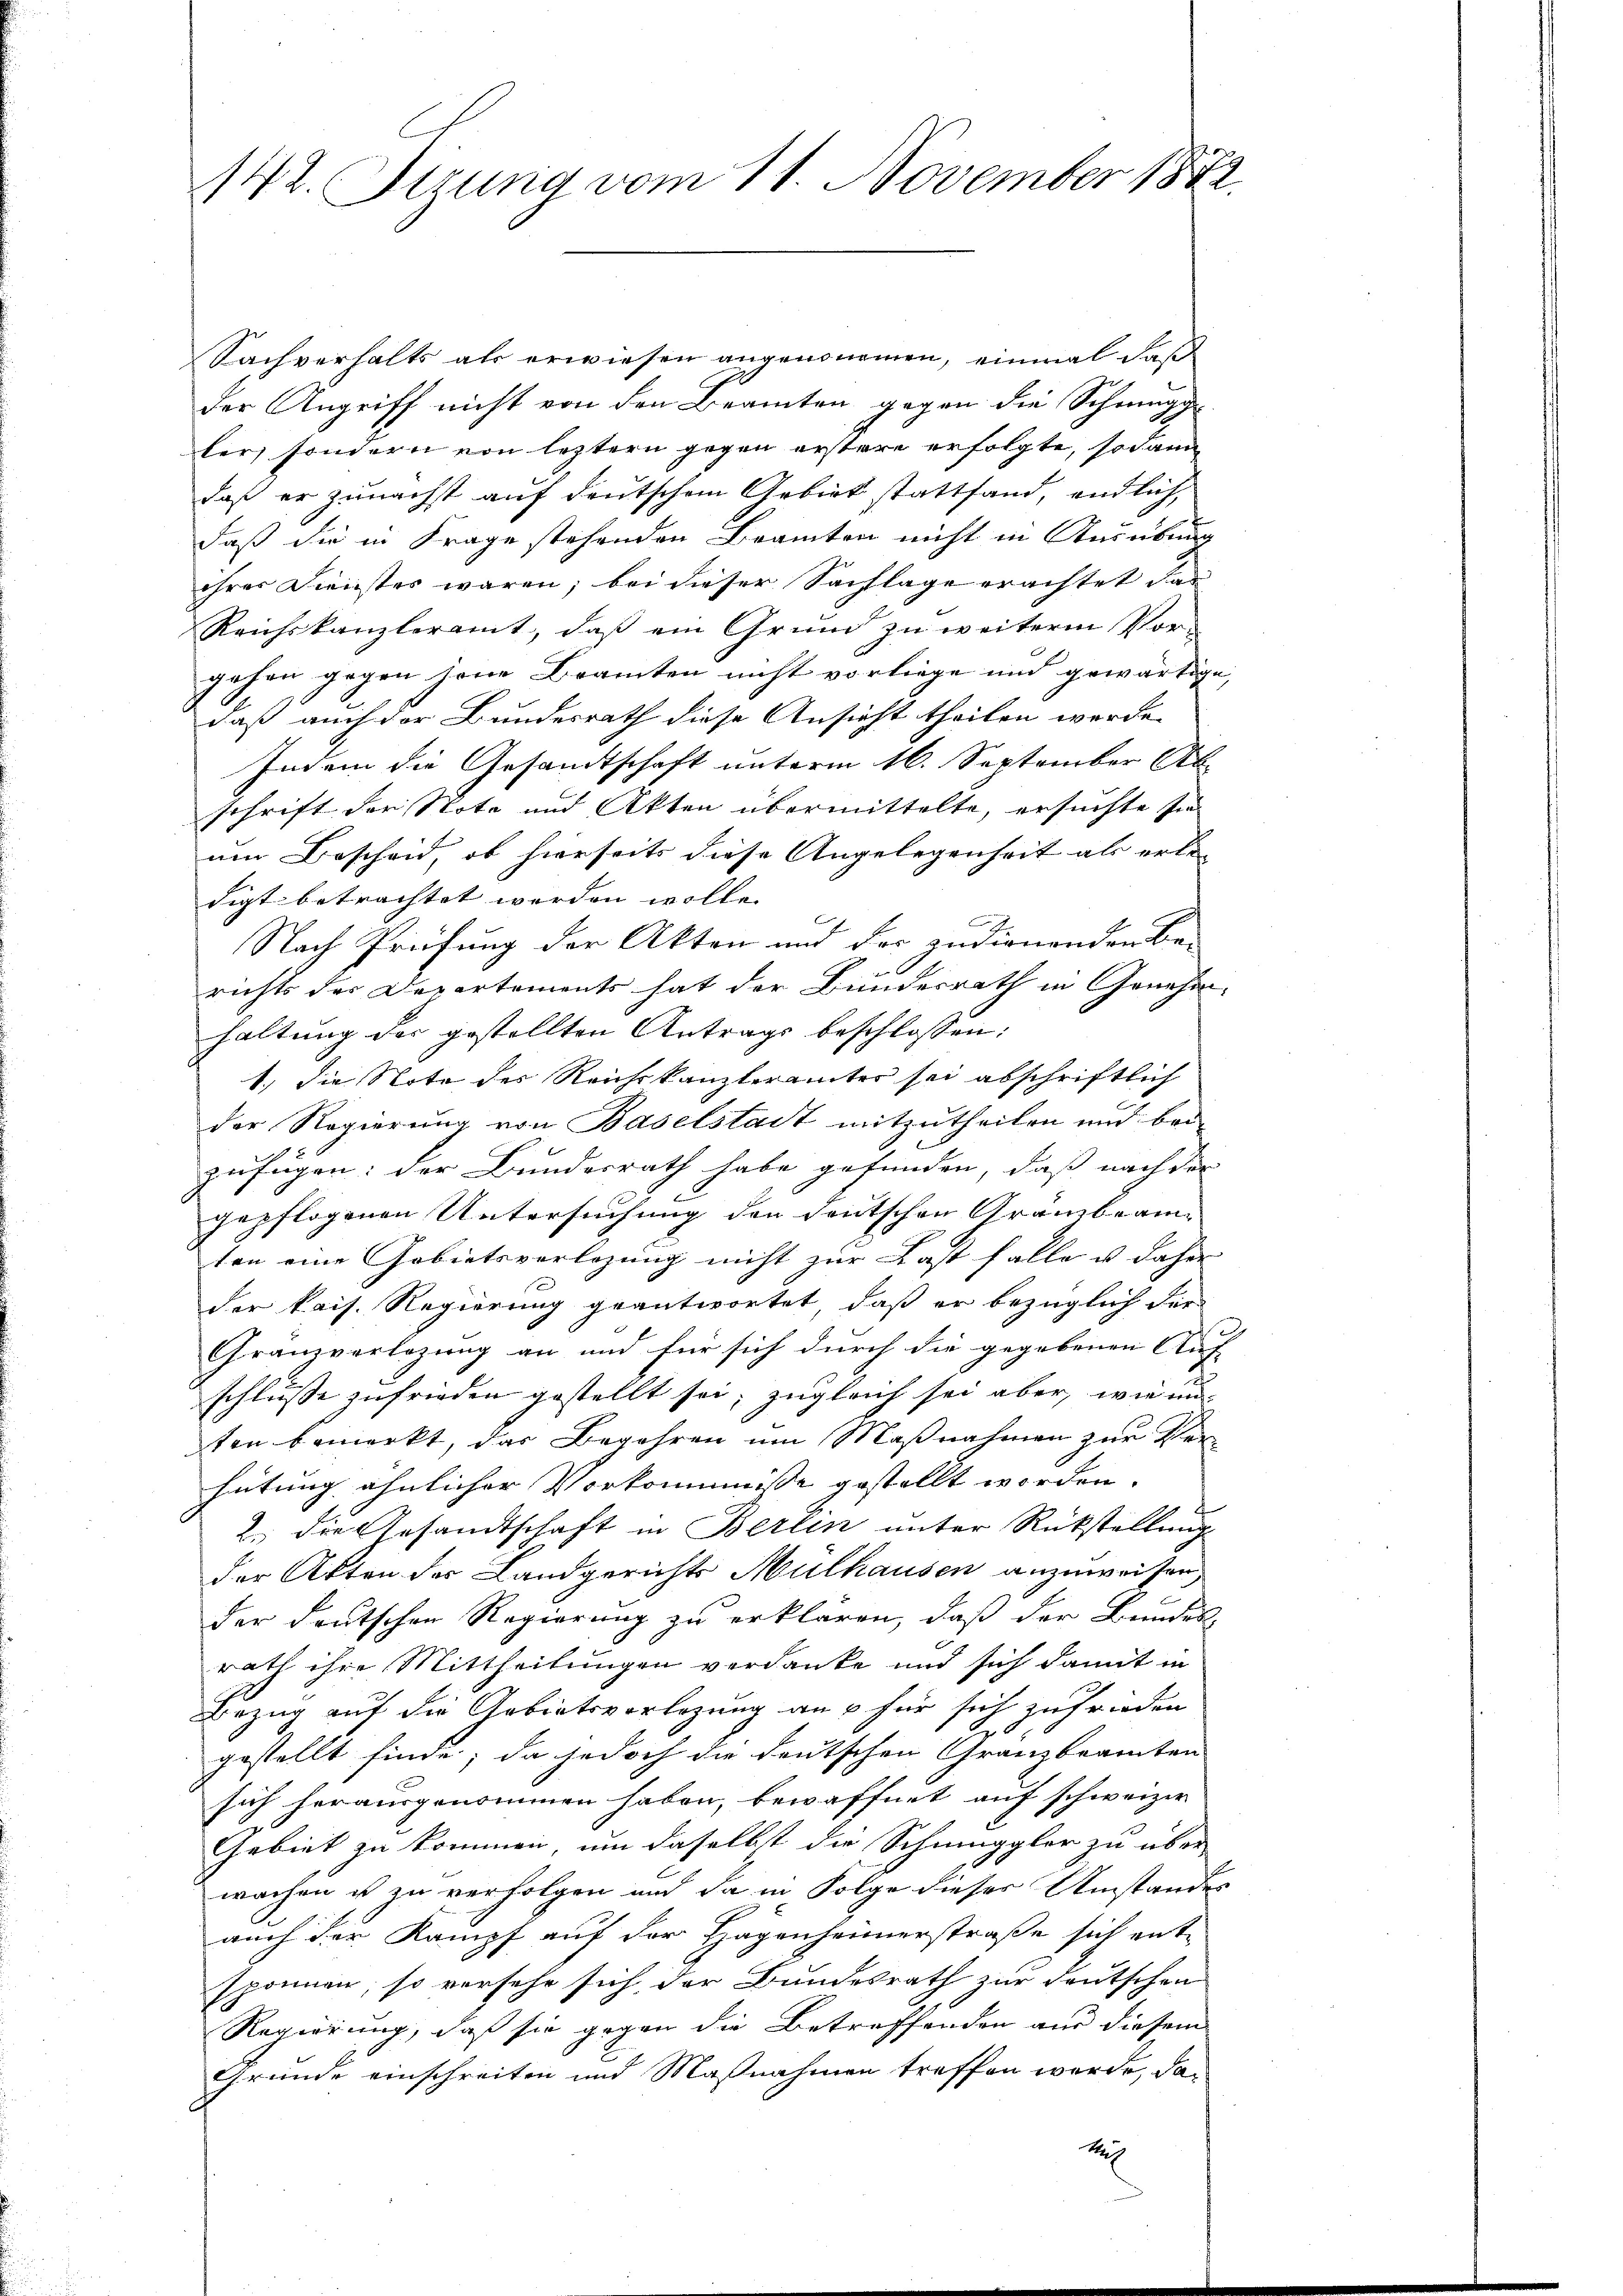
142. Stung vom 11. November 1882

Sachverhalts als erwiesen angenommen, einmal daß
der Angriff nicht von den Beamten gegen die Schreugg
ler, sondern von leztern gegen erstere erfolgte, sodann
daß er zunächst auf deutschem Gebiet stattfand, endlich,
daß die in Frage stehenden Beamten nicht in Ausübung
ihrer Dienstes waren, bei dieser Sachlage erachtet das
Reichskanzleramt, daß ein Grund zu weiterm Vor-
gehen gegen jene Beamten nicht vorliege und gewärtige,
daß auch der Bundesrath diese Ansicht theilen werde.
Indem die Gesandtschaft unterm 16. September Ak
schrift der Note und Akten übermittelte, ersuchte sie
um Bescheid, ob hierseits diese Angelegenheit als erle
digt betrachtet worden wolle.
Nach Prüfung der Akten und der zudienenden Be-
richts der Departements hat der Bundesrath in Genehmhaltung der gestellten Antrags beschlossen:
1.) Die Note des Reichskanzlerämter sei abschriftlich
der Regierung von Baselstadt mitzutheilen und bei-
zufügen: der Bundesrath habe gefunden, daß nach der
gepflogenen Untersuchung den deutschen Granzbeamten eine Gebietsverlegung nicht zur Last falle u daher |
der kais. Regierung geantwortet, daß er bezüglich der
Granzverlegung an und für sich durch die gegebenen Auf-
schlüsse zufrieden gestellt sei, zugleich sei aber, wie un
ten bemerkt, das Begehren um Maßnahmen zur Verhütung ähnlicher Vorkommnisse gestellt worden.
2. die Gesandtschaft in Berlin unter Rückstellung
der Akten der Landgerichts Mulhausen anzuweisen,
der deutschen Regierung zu erklären, daß der Bundes
rath ihre Mittheilungen verdanke und sich damit in
Bezug auf die Gebietsvorlegung an 5 für sich zufrieden
gestellt finde; da jedoch die deutschen Granzbeamten
sich herausgenommen haben, bewaffnet auf schweizer
Gebiet zu kommen, um daselbst die Schmuggler zu über
wachen u zu verfolgen und da in Folge dieser Umstandes
auch der Kampf auf der Hagenheimerstraße sich ent-
sponnen, so versehe sich der Bundesrath zur deutschen
Regierung, daß sie gegen die Betreffenden aus diesem
Gründe einschreiten und Maßnahmen treffen werde, dak